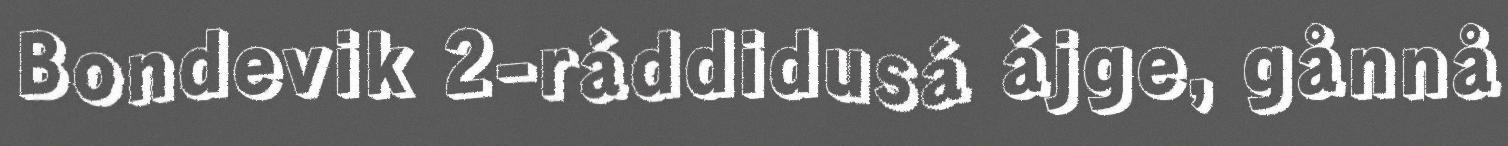
Bondevik 2-ráddidusá ájge, gånnå